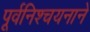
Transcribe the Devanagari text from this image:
पूर्वनिश्चयनाने